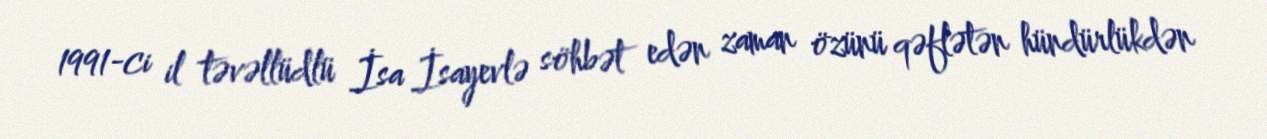
1991-ci il təvəllüdlü İsa İsayevlə söhbət edən zaman özünü qəflətən hündürlükdən